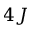
4 J